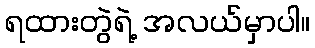
ရထားတွဲရဲ့ အလယ်မှာပါ။